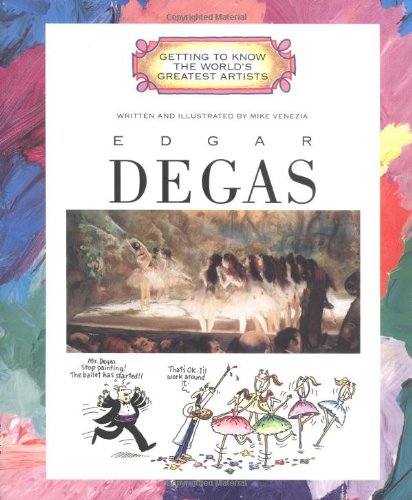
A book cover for Edgar Degas (Getting to Know the World's Greatest Artists); Mike Venezia; Children's Books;